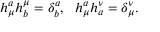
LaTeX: h _ { \mu } ^ { a } h _ { b } ^ { \mu } = \delta _ { b } ^ { a } , ~ ~ h _ { \mu } ^ { a } h _ { a } ^ { \nu } = \delta _ { \mu } ^ { \nu } .